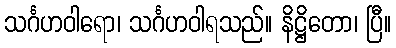
သင်္ဂဟဝါရော၊ သင်္ဂဟဝါရသည်။ နိဋ္ဌိတော၊ ပြီ။